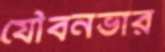
যৌবনভার